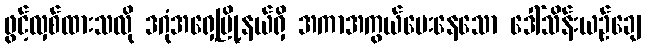
ဖွင့်လှစ်ထားသလို ဒဂုံအရှေ့မြို့နယ်ရှိ အကာအကွယ်ပေးနေသော ဒေါ်သိန်းယဉ်ချေ